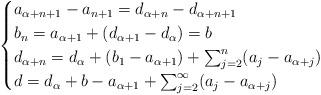
LaTeX: \begin{align*}\begin{cases}a_{\alpha + n +1} - a_{n+1} = d_{\alpha + n} - d_{\alpha + n +1} \\b_n = a_{\alpha + 1} + (d_{\alpha + 1} - d_\alpha) = b \\d_{\alpha + n} = d_\alpha + (b_1 - a_{\alpha+1}) + \sum_{j=2}^n (a_j - a_{\alpha + j}) \\d = d_\alpha + b - a_{\alpha + 1} + \sum_{j=2}^\infty (a_j - a_{\alpha+j})\end{cases} \ \end{align*}